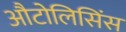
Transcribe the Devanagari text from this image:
औटोलिसिंस